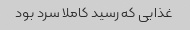
غذایی که رسید کاملا سرد بود